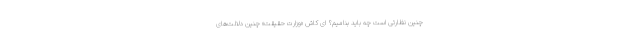
چنین نظارتی است چه باید بنامیم؟ ای کاش «وزارت حقیقت» چنین دلالت‌های